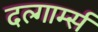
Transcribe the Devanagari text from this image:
दल्गार्म्स